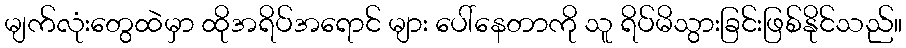
မျက်လုံးတွေထဲမှာ ထိုအရိပ်အရောင် များ ပေါ်နေတာကို သူ ရိပ်မိသွားခြင်းဖြစ်နိုင်သည်။